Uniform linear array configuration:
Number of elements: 16
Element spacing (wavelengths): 0.75
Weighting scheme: hamming
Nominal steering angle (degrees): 30
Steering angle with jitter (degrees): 29.426
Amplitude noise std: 0.05
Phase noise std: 0.05

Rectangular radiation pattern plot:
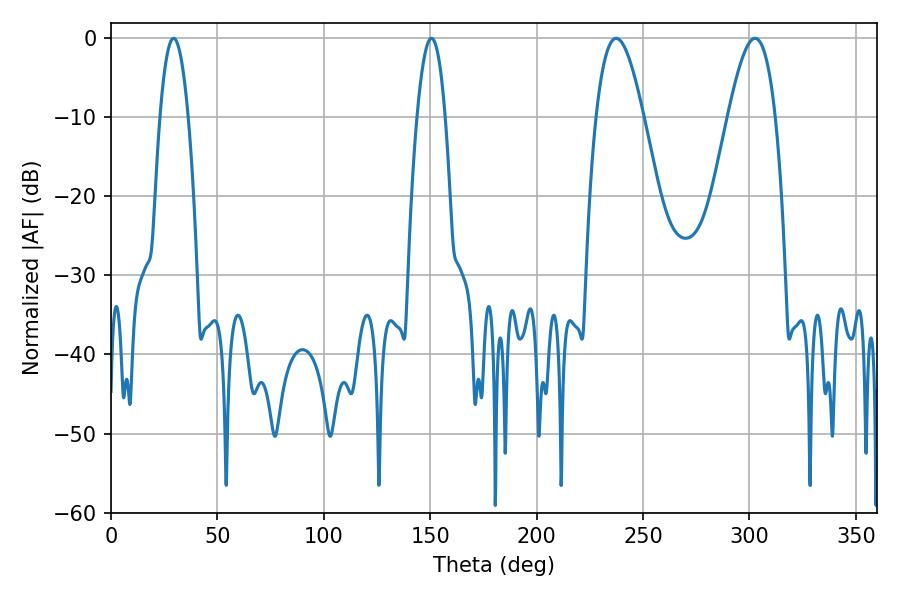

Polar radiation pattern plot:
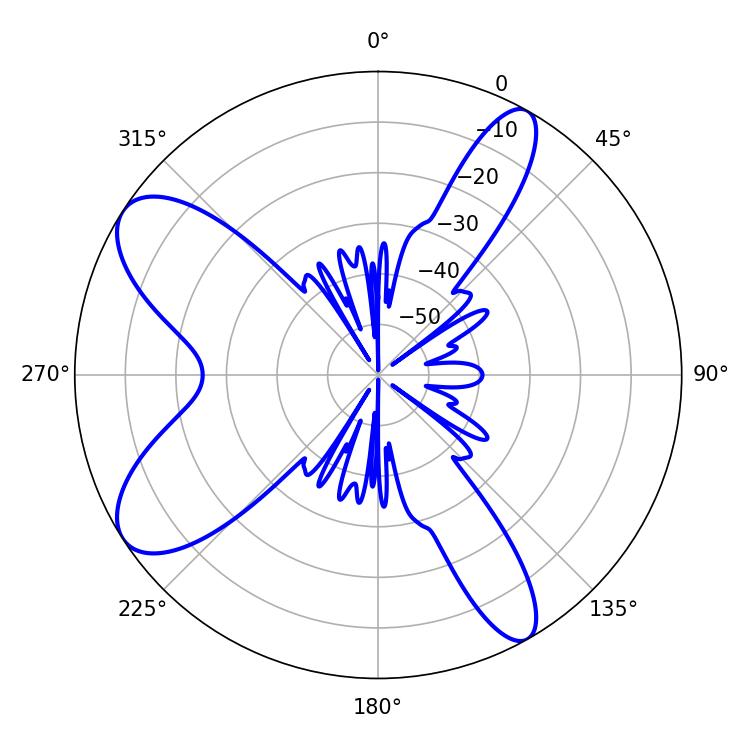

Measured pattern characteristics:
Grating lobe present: TRUE
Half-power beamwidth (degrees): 12.06
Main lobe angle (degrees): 237.42